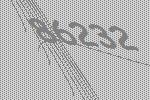
86232